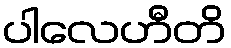
ပါလေဟီတိ